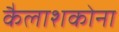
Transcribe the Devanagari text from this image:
कैलाशकोना